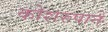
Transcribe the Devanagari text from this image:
कोशरुपाने